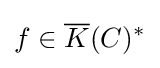
f\in {\overline {K}}(C)^{*}